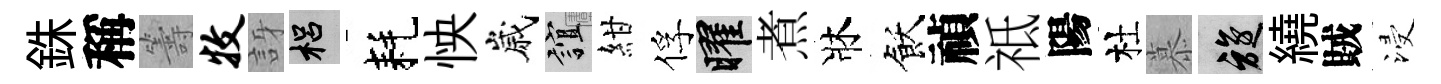
銖稱籌牧訝梠耗怏嵗誼紺俘曜煮牀飫禎祗陽杜慕旋繞賊浸